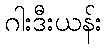
ဂါးဒီးယန်း